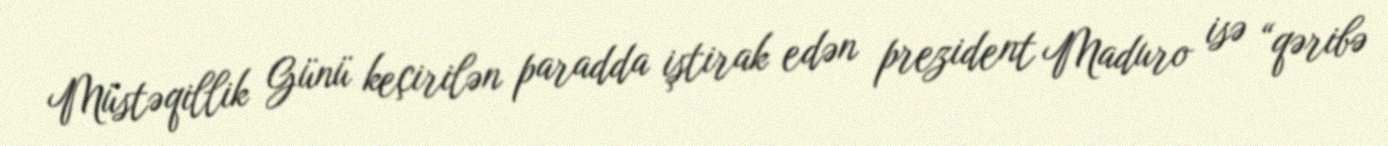
Müstəqillik Günü keçirilən paradda iştirak edən prezident Maduro isə “qəribə